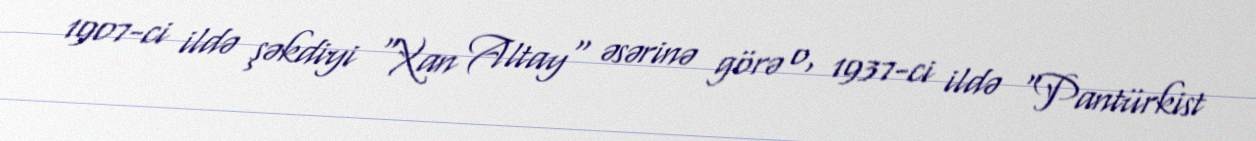
1907-ci ildə şəkdiyi "Xan Altay" əsərinə görə o, 1937-ci ildə "Pantürkist